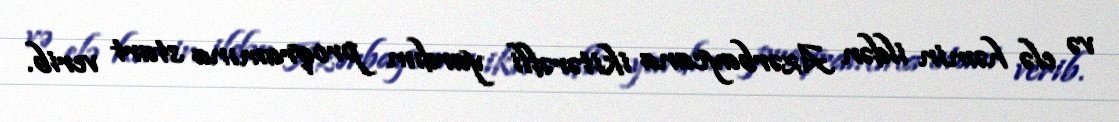
və elə həmin ildən Azərbaycana ikitərəfli yardım proqramına start verib.